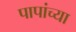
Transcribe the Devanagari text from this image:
पापांच्या